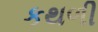
કથળી